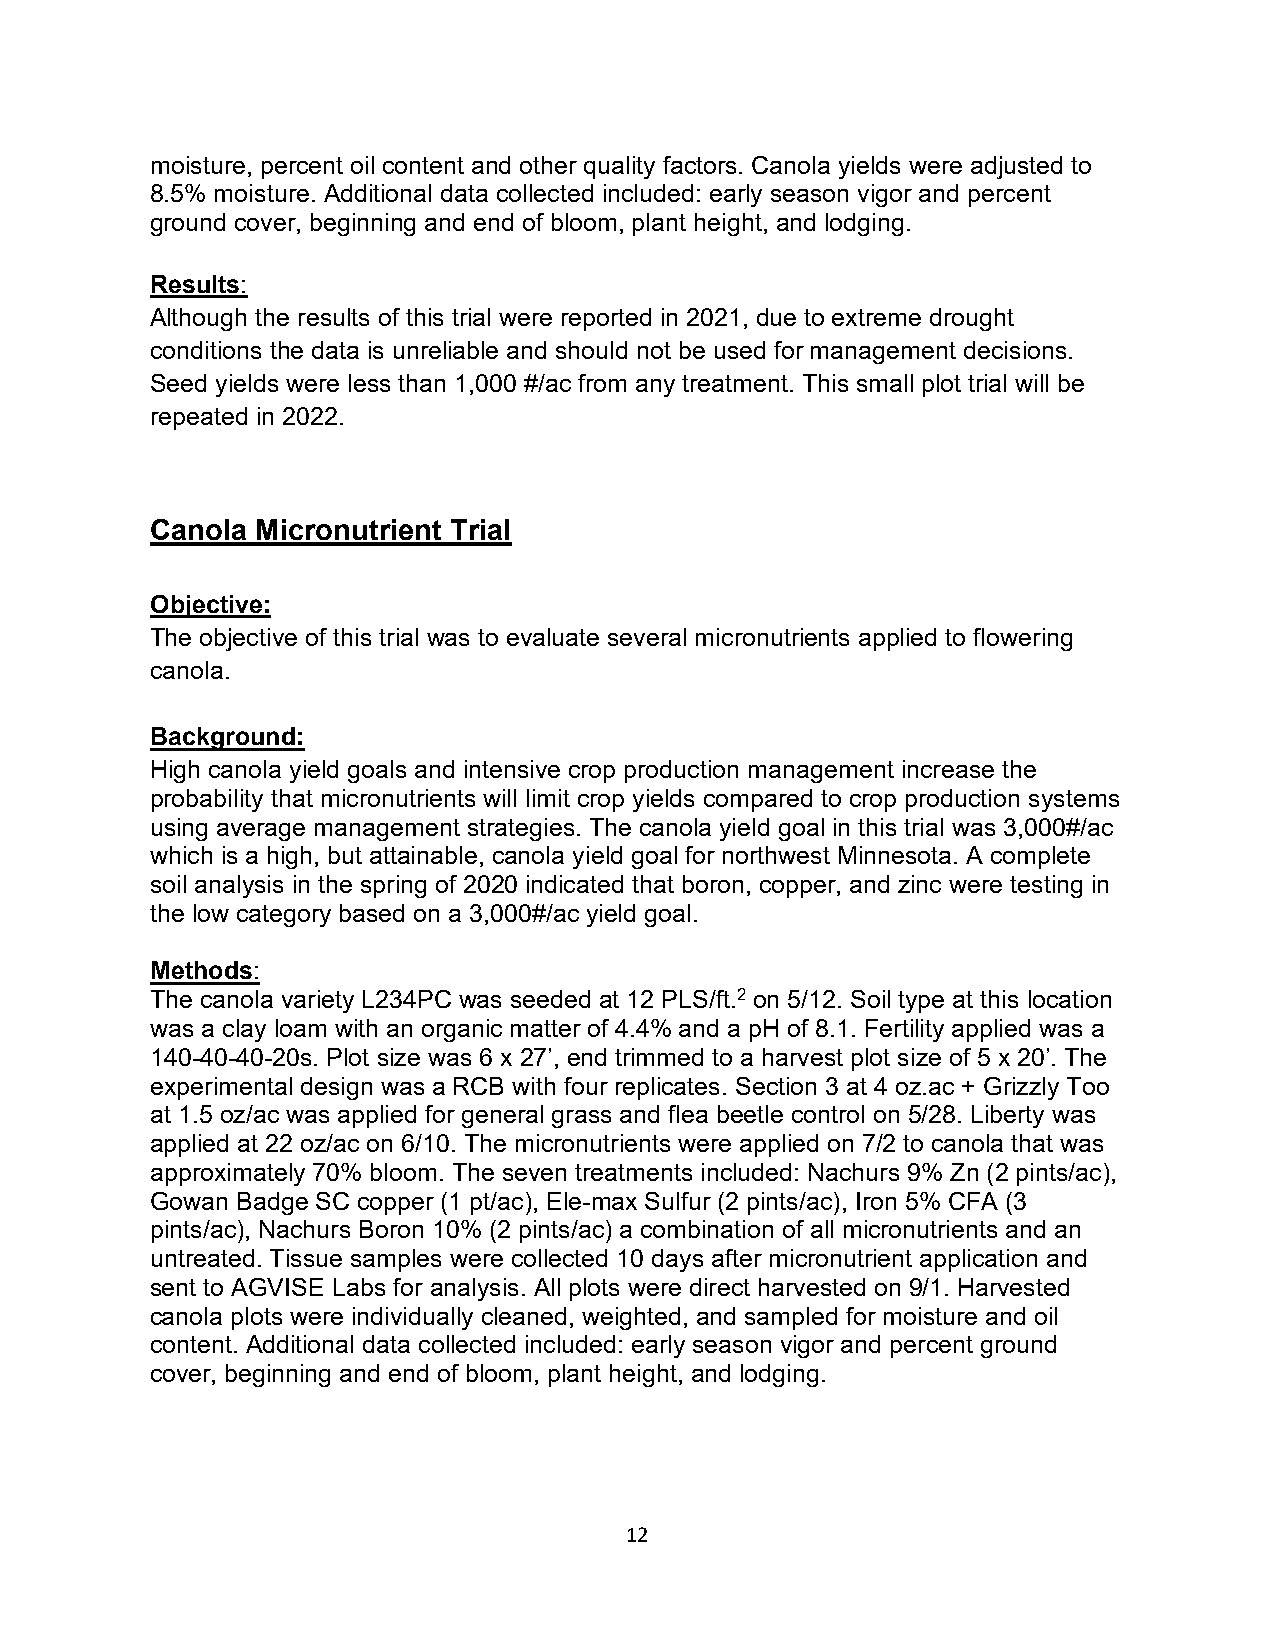
moisture, percent oil content and other quality factors. Canola yields were adjusted to
 8.5% moisture. Additional data collected included: early season vigor and percent
 ground cover, beginning and end of bloom, plant height, and lodging.
 Results:
 Although the results of this trial were reported in 2021, due to extreme drought
 conditions the data is unreliable and should not be used for management decisions.
 Seed yields were less than 1,000 #/ac from any treatment. This small plot trial will be
 repeated in 2022.
 Canola Micronutrient Trial
 Objective:
 The objective of this trial was to evaluate several micronutrients applied to flowering
 canola.
 Background:
 High canola yield goals and intensive crop production management increase the
 probability that micronutrients will limit crop yields compared to crop production systems
 using average management strategies. The canola yield goal in this trial was 3,000#/ac
 which is a high, but attainable, canola yield goal for northwest Minnesota. A complete
 soil analysis in the spring of 2020 indicated that boron, copper, and zinc were testing in
 the low category based on a 3,000#/ac yield goal.
 Methods:
 The canola variety L234PC was seeded at 12 PLS/ft.2 on 5/12. Soil type at this location
 was a clay loam with an organic matter of 4.4% and a pH of 8.1. Fertility applied was a
 140-40-40-20s. Plot size was 6 x 27’, end trimmed to a harvest plot size of 5 x 20’. The
 experimental design was a RCB with four replicates. Section 3 at 4 oz.ac + Grizzly Too
 at 1.5 oz/ac was applied for general grass and flea beetle control on 5/28. Liberty was
 applied at 22 oz/ac on 6/10. The micronutrients were applied on 7/2 to canola that was
 approximately 70% bloom. The seven treatments included: Nachurs 9% Zn (2 pints/ac),
 Gowan Badge SC copper (1 pt/ac), Ele-max Sulfur (2 pints/ac), Iron 5% CFA (3
 pints/ac), Nachurs Boron 10% (2 pints/ac) a combination of all micronutrients and an
 untreated. Tissue samples were collected 10 days after micronutrient application and
 sent to AGVISE Labs for analysis. All plots were direct harvested on 9/1. Harvested
 canola plots were individually cleaned, weighted, and sampled for moisture and oil
 content. Additional data collected included: early season vigor and percent ground
 cover, beginning and end of bloom, plant height, and lodging.
 12